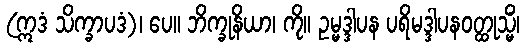
(ဣဒံ သိက္ခာပဒံ)၊ ပေ။ ဘိက္ခုနိယာ၊ ကို။ ဥမ္မဒ္ဒါပန ပရိမဒ္ဒါပနဝတ္ထုသ္မိံ၊